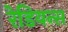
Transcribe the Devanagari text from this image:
रेडियन्स